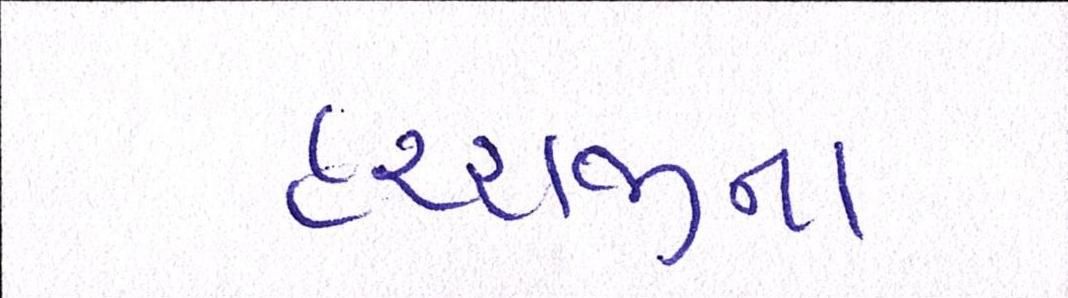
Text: હરરાજીના